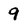
Character: 9